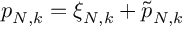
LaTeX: p _ { N , k } = \xi _ { N , k } + \tilde { p } _ { N , k }